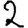
Digit: 2